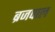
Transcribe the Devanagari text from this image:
ब्रजपाल